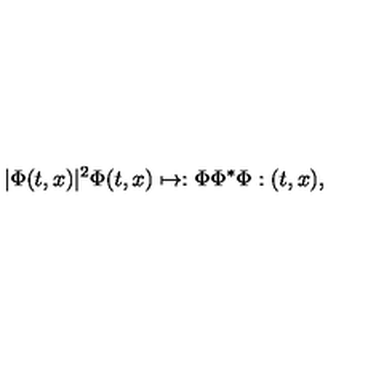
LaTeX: | \Phi ( t , x ) | ^ { 2 } \Phi ( t , x ) \mapsto : \Phi \Phi ^ { * } \Phi : ( t , x ) ,